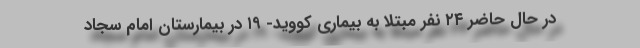
در حال حاضر ۲۴ نفر مبتلا به بیماری کووید- ۱۹ در بیمارستان امام سجاد